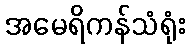
အမေရိကန်သံရုံး